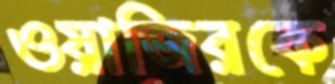
ওয়াজিরকে